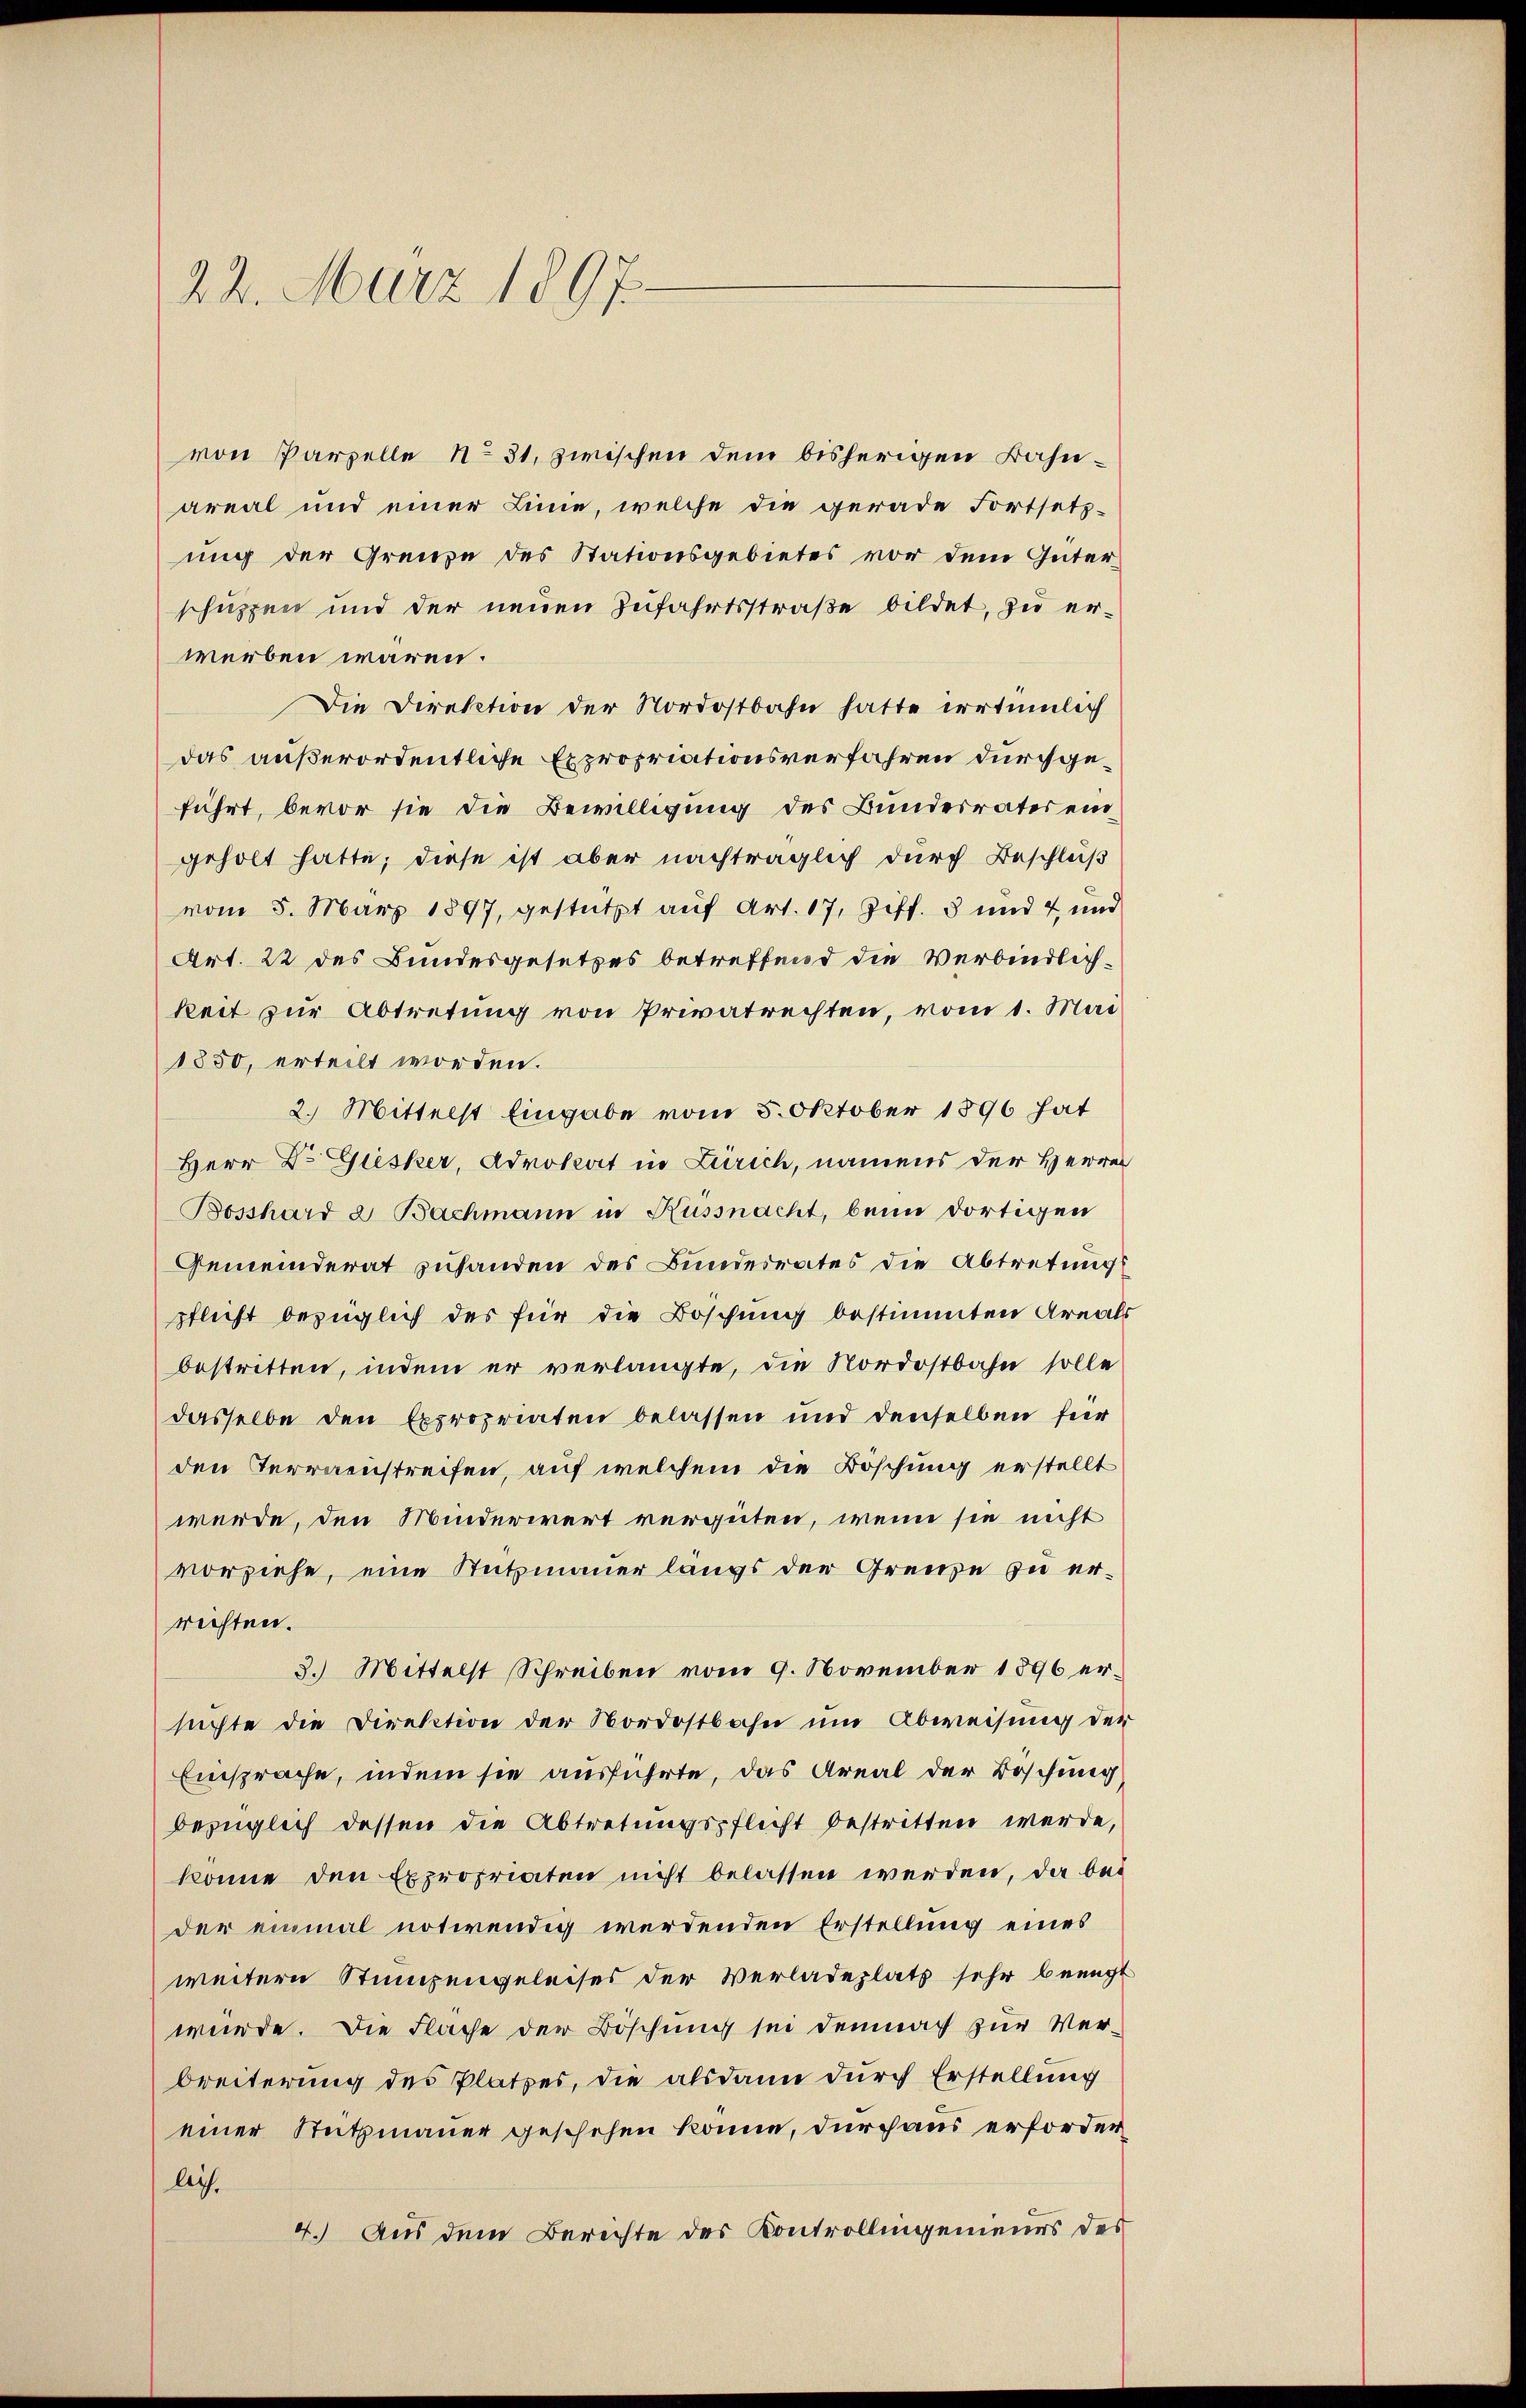
22. März 1897.

von Parzelle No 31. zwischen dem bisherigen Bahnareal und einer Linie, welche die gerade Fortsetz-
ung der Grenze des Stationsgebietes vor dem Güter-
schuppen und der neuen Zufahrtsstraße bildet, zu erwerben wären.
Die Direktion der Nordostbahn hatte irrtümlich
das außerordentliche Expropriationsverfahren durchgeführt, bevor sie die Bewilligung des Bundesrates eingeholt hatte, diese ist aber nachträglich durch Beschluß
vom 5. März 1897, gestützt auf Art. 17, Ziff. 3 und 4 und
Art. 22 des Bundesgesetzes betreffend die Verbindlichkeit zur Abtretung von Privatrechten, vom 1. Mai
1850, erteilt worden.
2. Mittelst Eingabe vom 5. Oktober 1896 hat
Herr Dr. Giesker, Advokat in Zürich, namens der Herren
Bosshard & Bachmann in Küssnacht, beim dortigen
Gemeinderat zuhanden des Bundesrates die Abtretungs
pflicht bezüglich des für die Boschung bestimmten Areals
bestritten, indem er verlangte, die Nordostbahn solle
dasselbe den Expropriaten belassen und denselben für
den Terraeustreifen, auf welchem die Böschung erstellt
werde, den Minderwert vergüten, wenn sie nicht
vorziehe, eine Stutzmauer längs der Grenze zu errichten.
3. Mittelst Schreiben vom 9. November 1896 ersuchte die Direktion der Nordostbahn um Abweisung der
Einsprache, indem sie ausführte, das Areal der Boschung
bezüglich dessen die Abtretungspflicht bestritten werde,
könne den Expropriaten nicht belassen werden, da bei
der einmal notwendig werdenden Erstellung eines
weitern Stumpengeleises der Verladeplatz sehr beengt
wurde. Die Fläche der Böschung sei demnach zur Verbreiterung des Platzes, die alsdann durch Erstellung
einer Stutzmauer geschehen könne, durch aus erforderliche
4. Aus dem Berichte des Kontrollingenieurs des